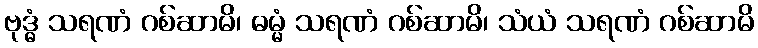
ဗုဒ္ဓံ သရဏံ ဂစ်ဆာမိ၊ ဓမ္မံ သရဏံ ဂစ်ဆာမိ၊ သံယံ သရဏံ ဂစ်ဆာမိ